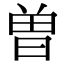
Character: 曽